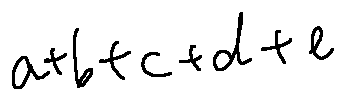
a + b + c + d + e